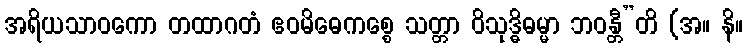
အရိယသာဝကော တထာဂတံ ဧဝမိဓေကစ္စေ သတ္တာ ဝိသုဒ္ဓိဓမ္မာ ဘဝန္တီ”တိ (အ။ နိ။